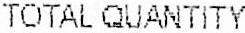
TOTAL QUANTITY